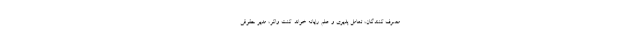
مصرف کنندگان، تعامل پذیری و علم رایانه خواند. کنت واکر، مدیر حقوقی